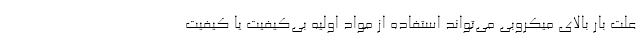
علت بار بالای میکروبی می‌تواند استفاده از مواد اولیه بی‌کیفیت یا کیفیت